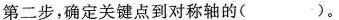
第二步，确定关键点到对称轴的()。